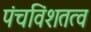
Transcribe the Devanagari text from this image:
पंचविंशतत्व